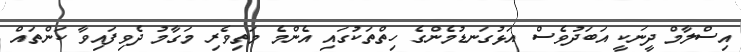
އިސްލާމް ދީނަކީ އަބަދުވެސް އަޅުގަނޑުމެންގެ ހިތްތަކުގައި އެންމެ މަތިވެރި މަގާމު ދެވިފައިވާ ކަންތައް